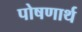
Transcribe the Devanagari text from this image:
पोषणार्थ